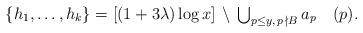
LaTeX: \begin{align*} \textstyle \{h_1,\ldots,h_k\} = [(1 + 3\lambda)\log x] \, \setminus \, \bigcup_{p \le y, \, p \, \nmid B} a_p \pod{p}. \end{align*}